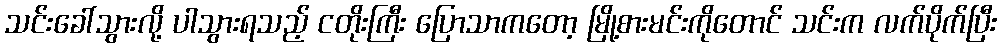
သင်းခေါ်သွားလို့ ပါသွားရသည့် ငတိုးကြီး ပြောသာကတော့ မြို့စားမင်းကိုတောင် သင်းက လက်ပိုက်ပြီး